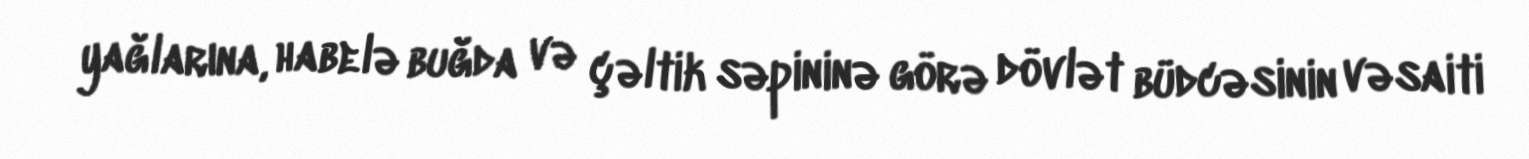
yağlarına, habelə buğda və çəltik səpininə görə dövlət büdcəsinin vəsaiti